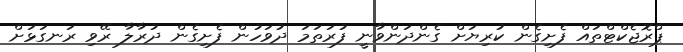
ޕްރޮޖެކްޓްތައް ފެށިގެން ކުރިޔަށް ގެންދަންވާނީ ފުރަތަމަ ދުވަހުން ފެށިގެން ދުރާލާ ރޭވި ރަނގަޅަށް